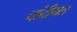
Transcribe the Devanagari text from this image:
चांदीमल